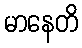
မာနေတိ